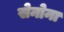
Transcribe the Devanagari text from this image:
सेनोना